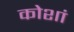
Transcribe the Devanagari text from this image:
कोशां